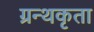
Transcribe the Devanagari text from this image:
ग्रन्थकृता